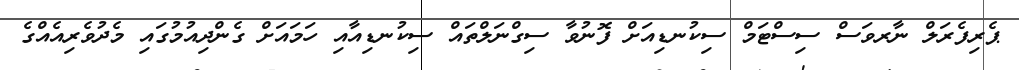
ޕެރިފެރަލް ނާރވަސް ސިސްޓަމް ސިކުނޑިއަށް ފޮނުވާ ސިގްނަލްތައް ސިކުނޑިއާއި ހަމައަށް ގެންދިއުމުގައި މެދުވެރިއެއްގެ